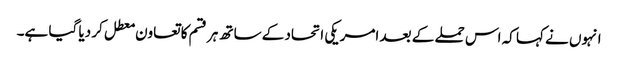
انہوں نے کہا کہ اس حملے کے بعد امریکی اتحاد کے ساتھ ہر قسم کا تعاون معطل کر دیا گیا ہے۔